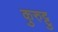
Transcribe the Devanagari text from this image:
कुरुट्टु